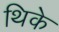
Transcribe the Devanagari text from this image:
थिके